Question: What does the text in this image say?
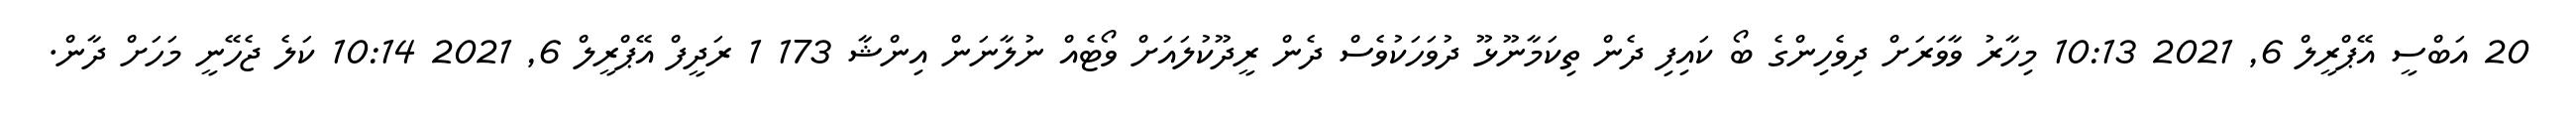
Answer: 20 އަބްސީ އޭޕްރީލް 6, 2021 10:13 މިހާރު ވާވަރަށް ދިވެހިންގެ ބޯ ކައިފި ދެން ތިކަމާނޫޅޫ ދުވަހަކުވެސް ދެން ރީދޫކުލައަށް ވޯޓެއް ނުލާނަން އިންޝާ 173 1 ރަދީފް އޭޕްރީލް 6, 2021 10:14 ކަލެ ޖެހޭނީ މަހަށް ދާން.